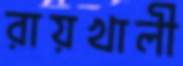
রায়খালী